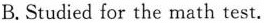
B.Studied for the math test.